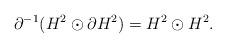
LaTeX: \begin{align*} \partial^{-1}( H^2 \odot \partial H^2) = H^2 \odot H^2. \end{align*}